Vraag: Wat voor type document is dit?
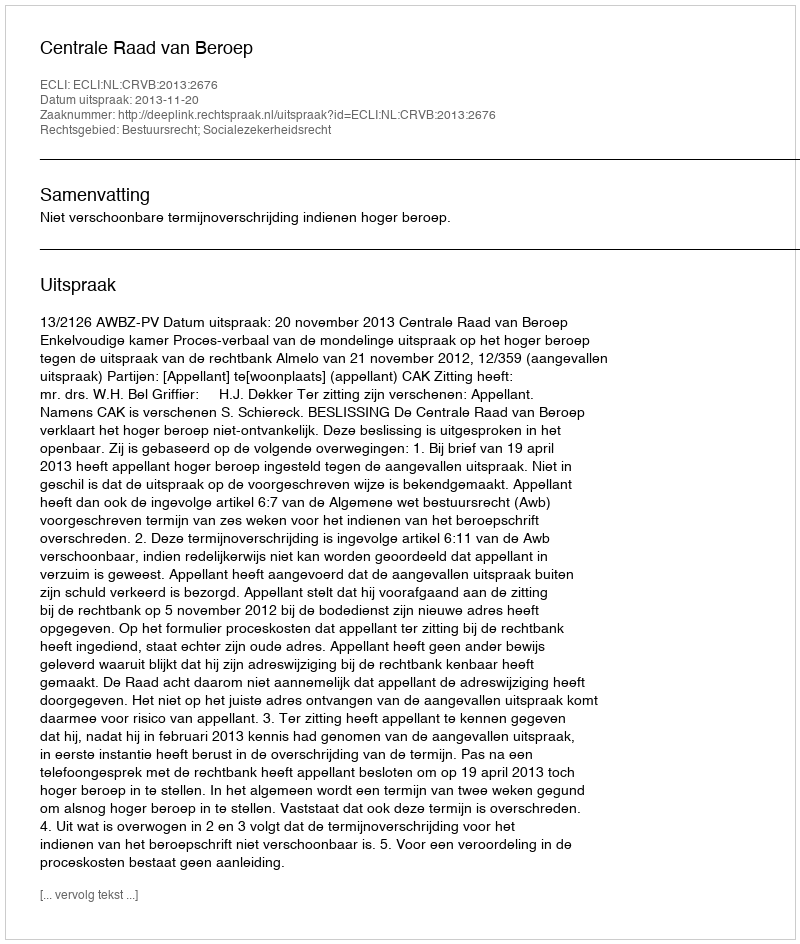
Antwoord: Uitspraak